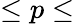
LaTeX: \leq p\leq